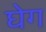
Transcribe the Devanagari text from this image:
घेग